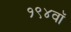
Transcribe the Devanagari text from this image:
१९४वॉ